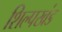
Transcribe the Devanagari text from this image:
शिल्पखंड